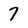
Character: 7